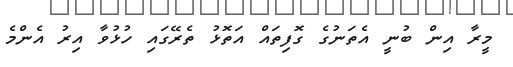
މީރާ އިން ބުނީ އެތަނުގެ ގޮފިތައް އަތޮޅު ތެރޭގައި ހުޅުވާ އިރު އެންމެ